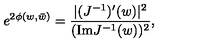
e ^ { 2 \phi ( w , \bar { w } ) } = { \frac { | ( J ^ { - 1 } ) ^ { \prime } ( w ) | ^ { 2 } } { ( \mathrm { I m } J ^ { - 1 } ( w ) ) ^ { 2 } } } ,